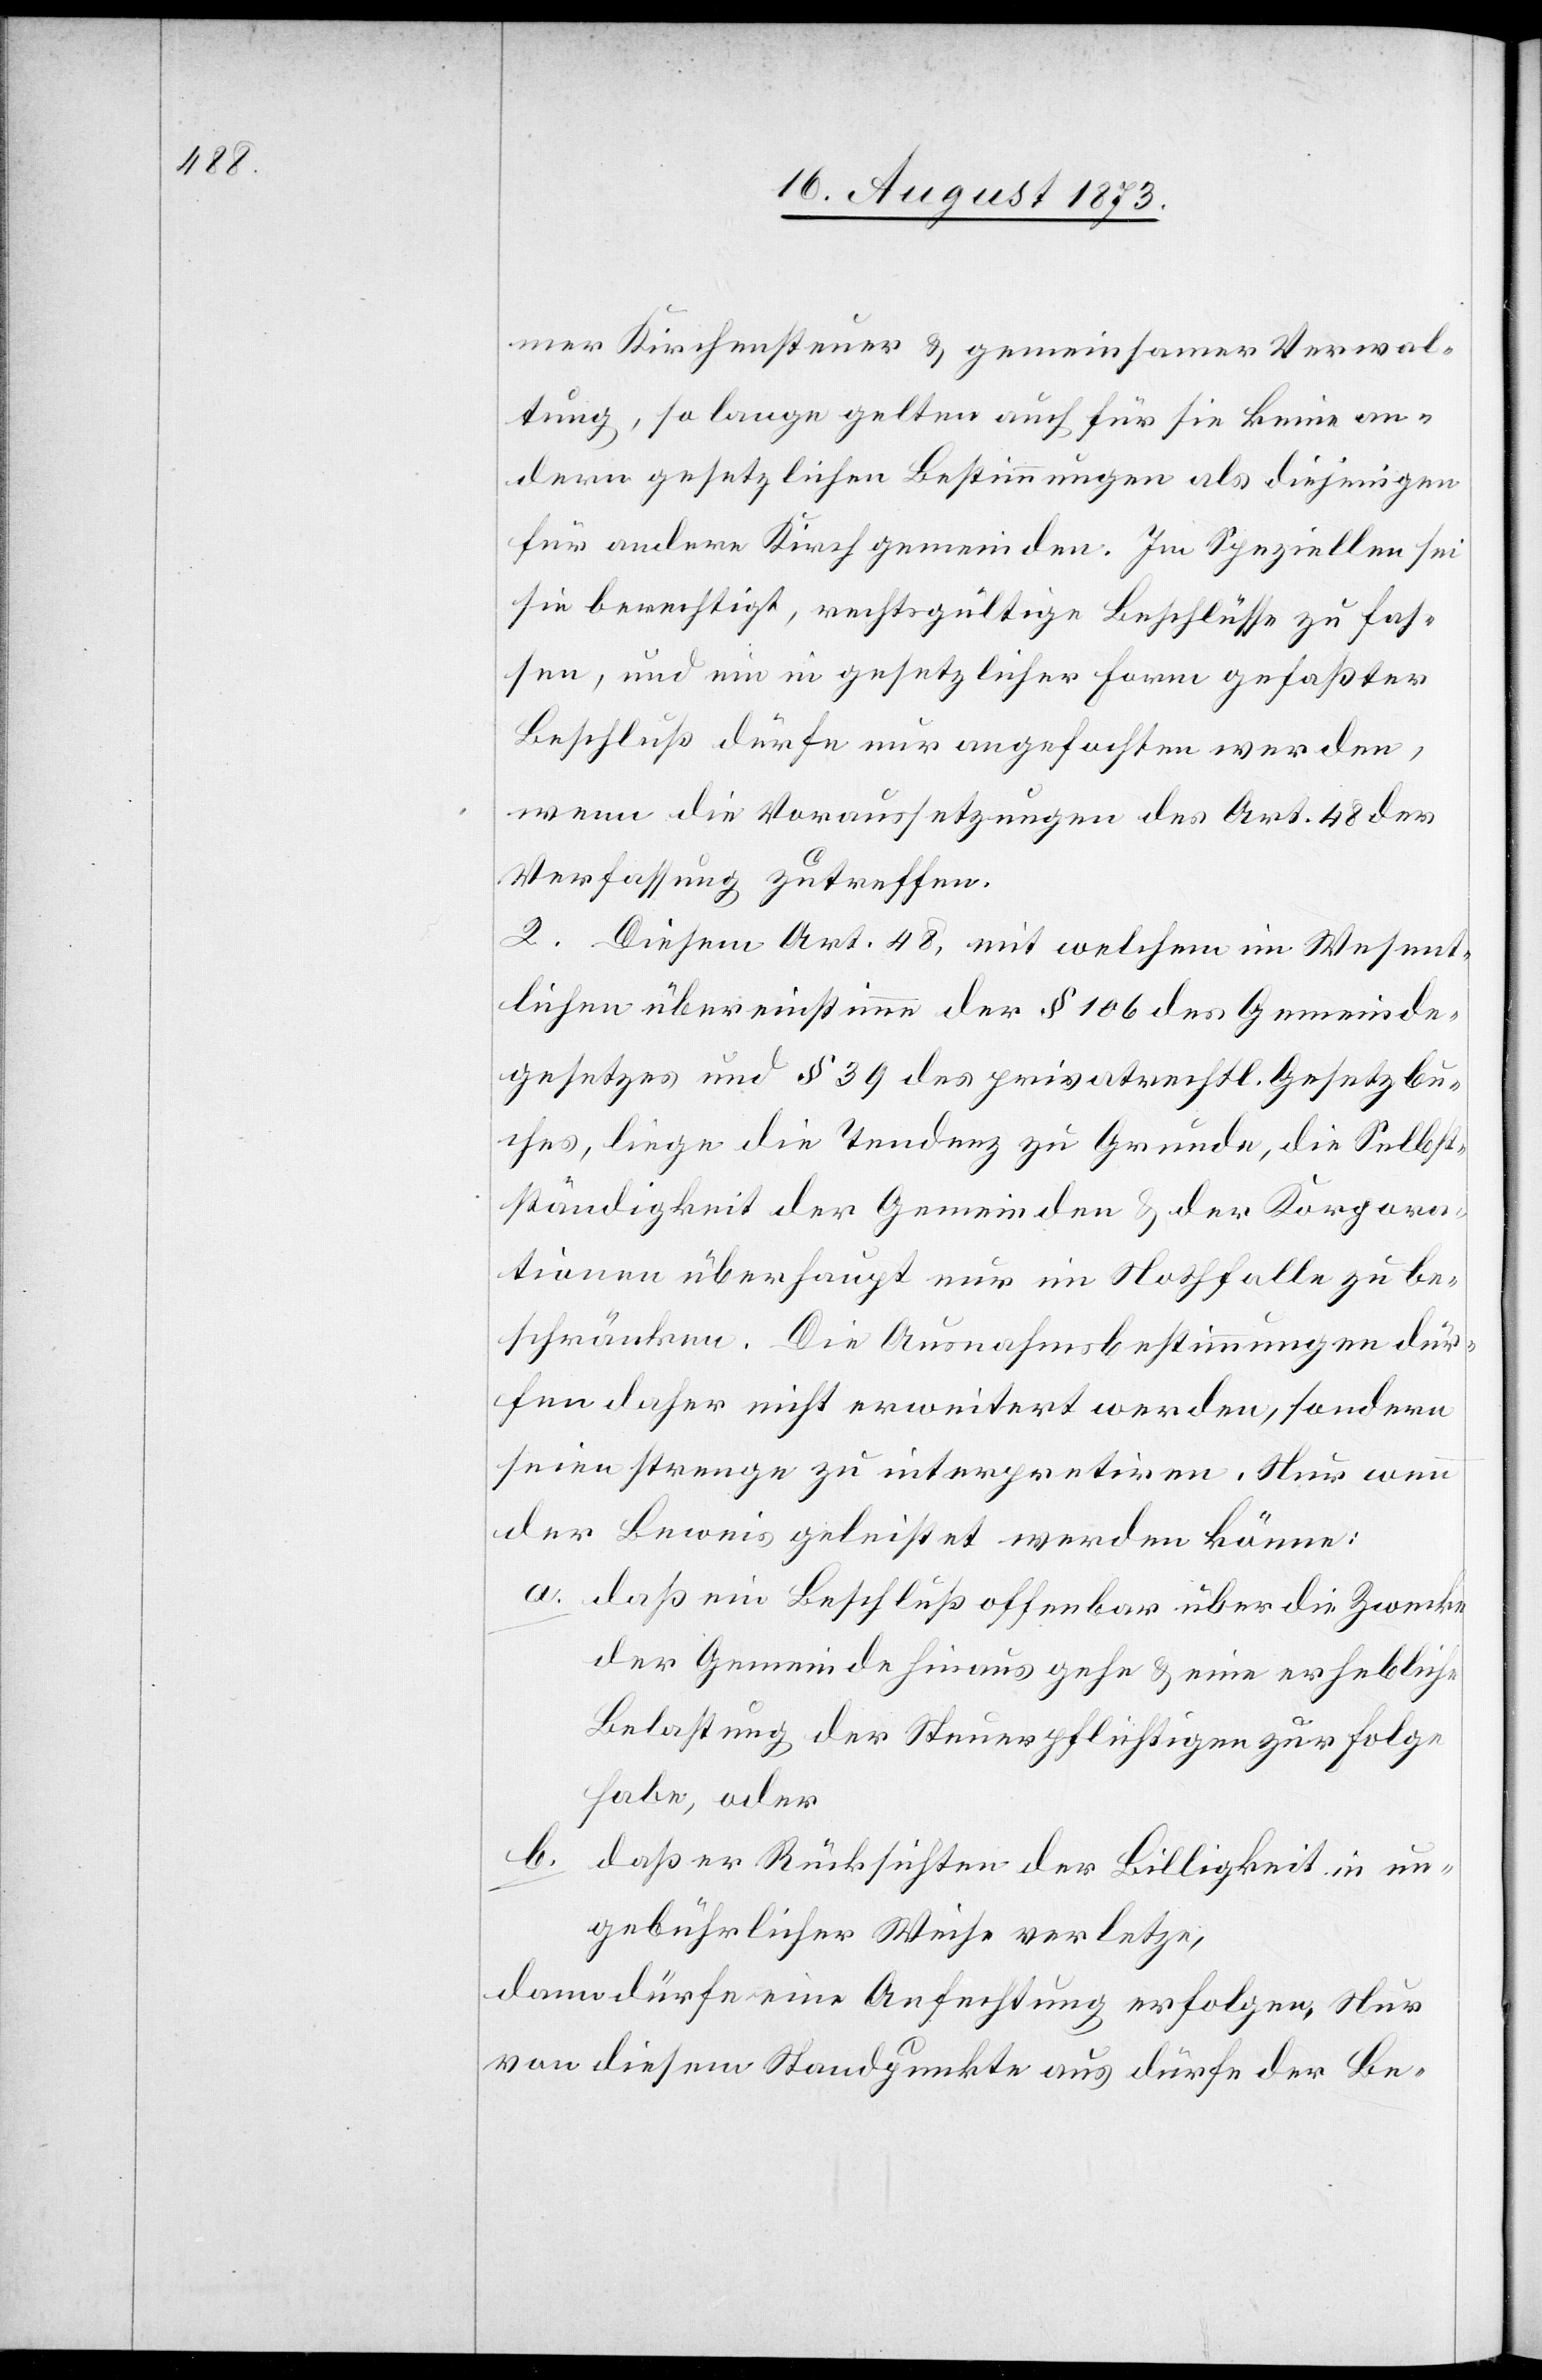
mer Kirchensteuer & gemeinsamer Verwal¬
tung, so lange gelten auch für sie keine an¬
dern gesetzlichen Bestimmungen als diejenigen
für andere Kirchgemeinden. Im Speziellen sei
sie berechtigt, rechtsgültige Beschlüsse zu fas¬
sen, und ein in gesetzlicher Form gefaßter
Beschluß dürfe nur angefochten werden,
wenn die Voraussetzungen des Art. 48 der
Verfassung zutreffen.
2. Diesem Art. 48, mit welchem im Wesent¬
lichen übereinstimme der § 106 des Gemeinde¬
gesetzes und § 39 des privatrechtl. Gesetzbu¬
ches, liege die Tendenz zu Grunde, die Selbst¬
ständigkeit der Gemeinden & der Korpora¬
tionen überhaupt nur im Nothfalle zu be¬
schränken. Die Ausnahmsbestimmungen dür¬
fen daher nicht erweitert werden, sondern
seien strenge zu interpretiren. Nur wenn
der Beweis geleistet werden könne:
a. daß ein Beschluß offenbar über die Zwecke
der Gemeinde hinaus gehe & eine erhebliche
Belastung der Steuerpflichtigen zur Folge
habe, oder
b. daß er Rücksichten der Billigkeit in un¬
gebührlicher Weise verletze,
dann dürfe eine Anfechtung erfolgen. Nur
von diesem Standpunkte aus dürfe der Be-